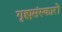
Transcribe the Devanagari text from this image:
गृह्मसंस्कारों